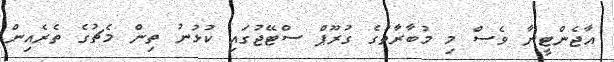
އާޖެންޓީނާ ވެސް މި މުބާރާތުގެ ގުރޫޕް ސްޓޭޖުގައި ކުޅުނު ތިން މެޗުގެ ތެރެއިން